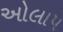
ઓલાપ